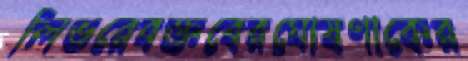
লিভরেবক্তবেরঘোষণাকের